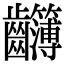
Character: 𪚈